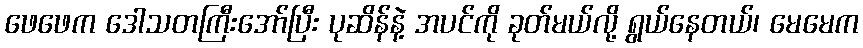
ဖေဖေက ဒေါသတကြီးအော်ပြီး ပုဆိန်နဲ့ အပင်ကို ခုတ်မယ်လို့ ရွယ်နေတယ်၊ မေမေက